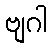
ဗျဂါ